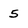
Character: 5